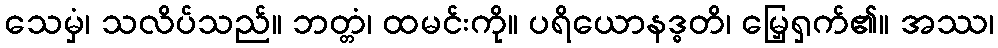
သေမှံ၊ သလိပ်သည်။ ဘတ္တံ၊ ထမင်းကို။ ပရိယောနဒ္ဓတိ၊ မြှေရှက်၏။ အဿ၊